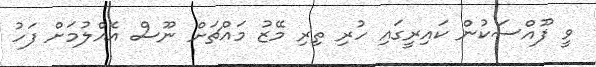
ވީ ފޫއްސަކުން ކައިރީގައި ހުރި ތިރި މޭޒު މައްޗަށް ނޫސް އެއްލުމަށް ފަހު